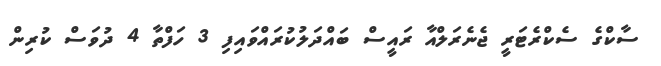
ސާކްގެ ސެކްރެޓަރީ ޖެނެރަލްއާ ރައީސް ބައްދަލުކުރައްވައިފި 3 ހަފްތާ 4 ދުވަސް ކުރިން